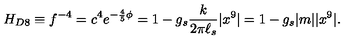
H _ { D 8 } \equiv f ^ { - 4 } = c ^ { 4 } e ^ { - { \frac { 4 } { 5 } } \phi } = 1 - g _ { s } { \frac { k } { 2 \pi \ell _ { s } } } | x ^ { 9 } | = 1 - g _ { s } | m | | x ^ { 9 } | .